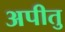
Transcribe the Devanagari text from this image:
अपीतु